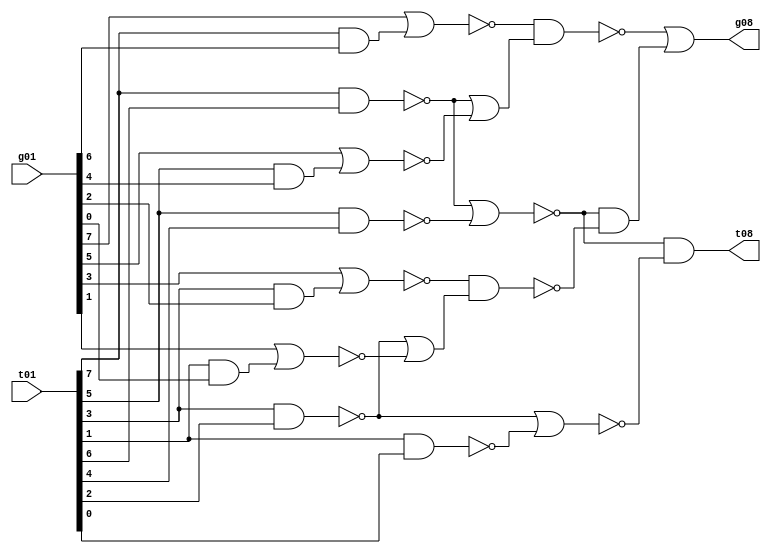
//  IBM Corp. 2020
// Licensed under the Apache License, Version 2.0 (the "License"), as modified by
// the terms below; you may not use the files in this repository except in
// compliance with the License as modified.
// You may obtain a copy of the License at http://www.apache.org/licenses/LICENSE-2.0
//
// Modified Terms:
//
//    1) For the purpose of the patent license granted to you in Section 3 of the
//    License, the "Work" hereby includes implementations of the work of authorship
//    in physical form.
//
//    2) Notwithstanding any terms to the contrary in the License, any licenses
//    necessary for implementation of the Work that are available from OpenPOWER
//    via the Power ISA End User License Agreement (EULA) are explicitly excluded
//    hereunder, and may be obtained from OpenPOWER under the terms and conditions
//    of the EULA.  
//
// Unless required by applicable law or agreed to in writing, the reference design
// distributed under the License is distributed on an "AS IS" BASIS, WITHOUT
// WARRANTIES OR CONDITIONS OF ANY KIND, either express or implied. See the License
// for the specific language governing permissions and limitations under the License.
// 
// Additional rights, including the ability to physically implement a softcore that
// is compliant with the required sections of the Power ISA Specification, are
// available at no cost under the terms of the OpenPOWER Power ISA EULA, which can be
// obtained (along with the Power ISA) here: https://openpowerfoundation.org. 

//  Description:  Adder Component
//
//*****************************************************************************

// input phase is important
// (change X (B) by switching xor/xnor )

module tri_st_add_glbloc(
   g01,
   t01,
   g08,
   t08
);
   input [0:7] g01;		// after xor
   input [0:7] t01;
   output      g08;
   output      t08;

   wire [0:3]  g02_b;
   wire [0:3]  t02_b;
   wire [0:1]  g04;
   wire [0:1]  t04;
   wire        g08_b;
   wire        t08_b;

   assign g02_b[0] = (~(g01[0] | (t01[0] & g01[1])));
   assign g02_b[1] = (~(g01[2] | (t01[2] & g01[3])));
   assign g02_b[2] = (~(g01[4] | (t01[4] & g01[5])));
   assign g02_b[3] = (~(g01[6] | (t01[6] & g01[7])));

   assign t02_b[0] = (~(t01[0] & t01[1]));
   assign t02_b[1] = (~(t01[2] & t01[3]));
   assign t02_b[2] = (~(t01[4] & t01[5]));
   assign t02_b[3] = (~(t01[6] & t01[7]));

   assign g04[0] = (~(g02_b[0] & (t02_b[0] | g02_b[1])));
   assign g04[1] = (~(g02_b[2] & (t02_b[2] | g02_b[3])));

   assign t04[0] = (~(t02_b[0] | t02_b[1]));
   assign t04[1] = (~(t02_b[2] | t02_b[3]));

   assign g08_b = (~(g04[0] | (t04[0] & g04[1])));

   assign t08_b = (~((t04[0] & t04[1])));

   assign g08 = (~(g08_b));		// output

   assign t08 = (~(t08_b));		// output


endmodule